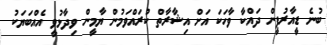
ބުނެ ޑީއާރުޕީން ދައްކާ ވާހަކަ އަށް އިޝާރާތް ކުރައްވަމުން ޔާމީން ވިދާޅުވީ އެއްބަޔަކު